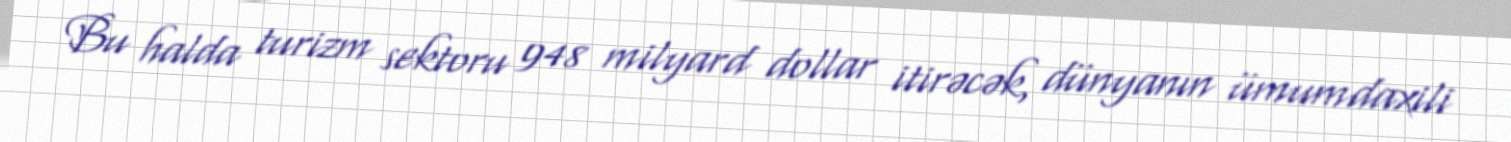
Bu halda turizm sektoru 948 milyard dollar itirəcək, dünyanın ümumdaxili